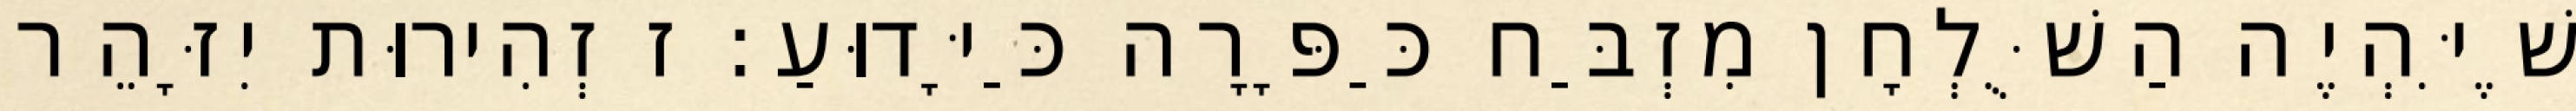
שֶׁיִּהְיֶה הַשֻּׁלְחָן מִזְבַּח כַּפָּרָה כַּיָּדוּעַ: ז זְהִירוּת יִזָּהֵר